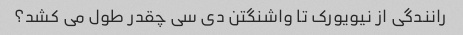
رانندگی از نیویورک تا واشنگتن دی سی چقدر طول می کشد؟